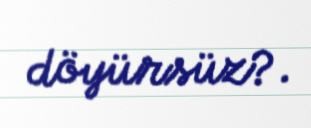
döyürsüz?.